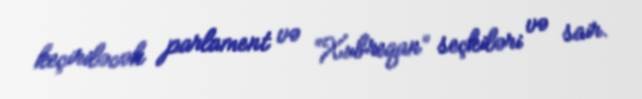
keçiriləcək parlament və “Xubreqan” seçkiləri və sair.